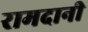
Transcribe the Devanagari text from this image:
रामदानी